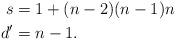
LaTeX: \begin{align*} s &= 1 + (n - 2)(n - 1) n \\ d' &= n - 1.\end{align*}